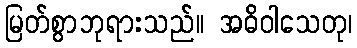
မြတ်စွာဘုရားသည်။ အဓိဝါသေတု၊